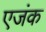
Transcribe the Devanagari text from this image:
एजंक